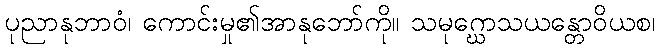
ပုညာနုဘာဝံ၊ ကောင်းမှု၏အာနုဘော်ကို။ သမုဂ္ဃောသယန္တောဝိယစ၊